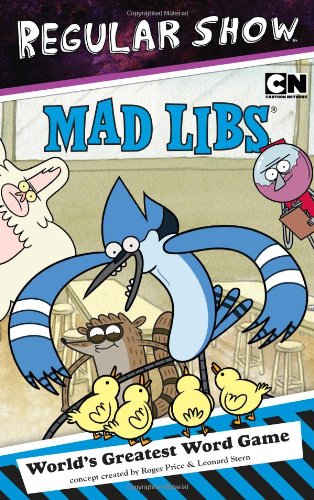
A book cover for Regular Show Mad Libs; Leonard Stern; Children's Books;